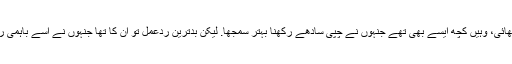
میڈیا برادری کے بہت سے لوگوں نے آگے بڑھ کر سچ کو سچ کہنے کی ہمت دکھائی، وہیں کچھ ایسے بھی تھے جنہوں نے چپی سادھے رکھنا بہتر سمجھا. لیکن بدترین ردعمل تو ان کا تھا جنہوں نے اسے باہمی رنجش بتاتے ہوئے کسی کی ‘طرفداری’ نہیں کرنے کی بات کہی. طرفداری کرنا؟